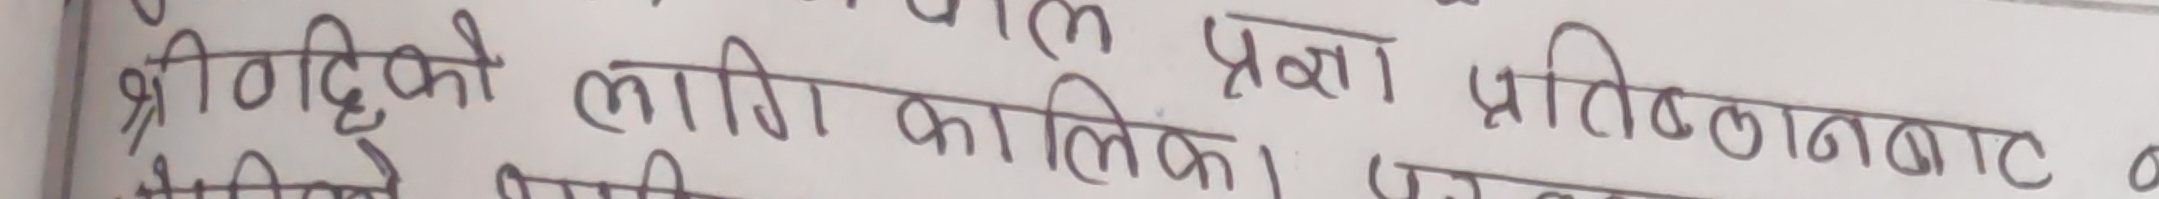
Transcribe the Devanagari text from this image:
श्रीविन्दुको लागी कालिका। प्रज्ञा प्रतिष्ठानबाट ओ